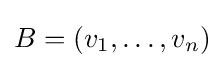
B=(v_{1},\ldots ,v_{n})